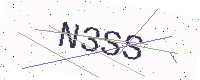
Text: N3SS